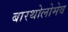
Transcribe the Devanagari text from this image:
बारथोलोमेव